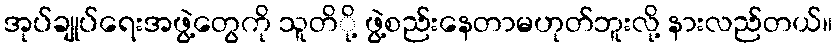
အုပ်ချုပ်ရေးအဖွဲ့တွေကို သူတိို့ ဖွဲ့စည်းနေတာမဟုတ်ဘူးလို့ နားလည်တယ်။